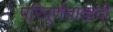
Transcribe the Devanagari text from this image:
परिपूर्णतावादी